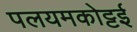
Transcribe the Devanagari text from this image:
पलयमकोट्टई